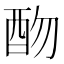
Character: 𨟸